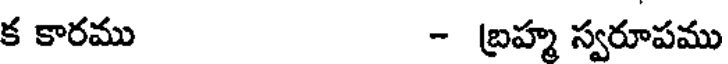
క కారము - బ్రహ్మ స్వరూపము